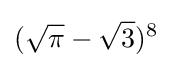
({\sqrt {\pi }}-{\sqrt {3}})^{8}